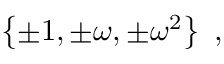
\left\{ \pm 1 , \pm \omega , \pm \omega ^ { 2 } \right\} ~ ,